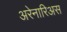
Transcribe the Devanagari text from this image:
अरेनारिअस